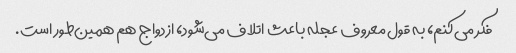
فکر می‌کنم، به قول معروف عجله باعث اتلاف می‌شود، ازدواج هم همین‌طور است.